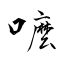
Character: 嚒